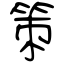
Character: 策